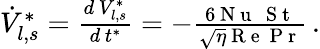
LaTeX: \begin{array}{r}{\dot{V}_{l,s}^{*}=\frac{d\, V_{l,s}^{*}}{d\, t^{*}}=-\frac{6\mathrm{~N~u~}\, \mathrm{~S~t~}}{\sqrt{\eta}\mathrm{~R~e~}\mathrm{~P~r~}}\, .}\end{array}